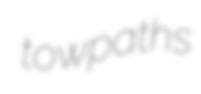
towpaths